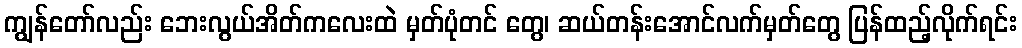
ကျွန်တော်လည်း ဘေးလွယ်အိတ်ကလေးထဲ မှတ်ပုံတင် တွေ၊ ဆယ်တန်းအောင်လက်မှတ်တွေ ပြန်ထည့်လိုက်ရင်း